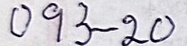
093 - 20